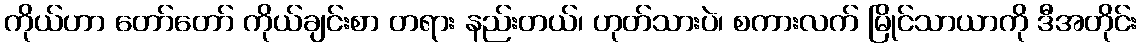
ကိုယ်ဟာ တော်တော် ကိုယ်ချင်းစာ တရား နည်းတယ်၊ ဟုတ်သားပဲ၊ စကားလက် မြိုင်သာယာကို ဒီအတိုင်း